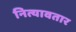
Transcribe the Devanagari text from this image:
नित्यावतार